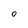
Character: O